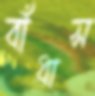
বাঁধাস